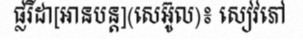
ផ្លរីដា[អានបន្ត](សេអ៊ូល)៖ សៀវភៅ